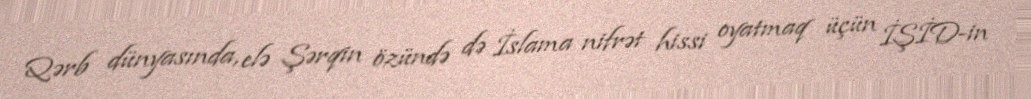
Qərb dünyasında, elə Şərqin özündə də İslama nifrət hissi oyatmaq üçün İŞİD-in